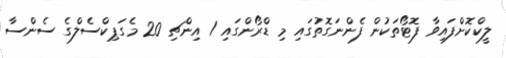
ލީކްކޮށްފައިވާ ފޮޓޯތަކުން ފެންނަގޮތުގައި މި ޑްރޯންގައި 1 އިންޗި 20 މެގަޕިކްސެލްގެ ސެންސާ